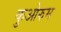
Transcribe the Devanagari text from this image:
कुओरुम